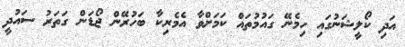
އަދި ކޯލީޝަނުގައި ހިމެނޭ ގައުމުތައް ކަމަށްވާ އެމެރިކާ ބަހުރޭން ޖޯޑަން ގަތަރު ސައުދީ